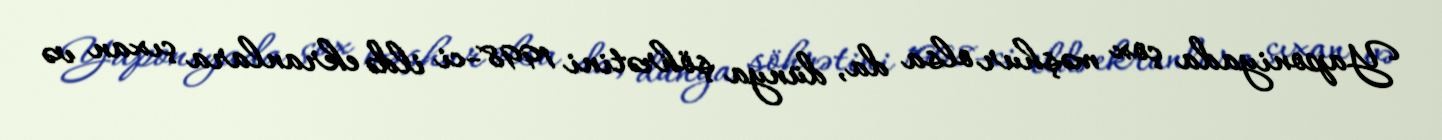
Yaponiyada çox məşhur olsa da, dünya şöhrətini 1998-ci ildə ekranlara çıxan və